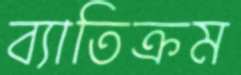
ব্যাতিক্রম